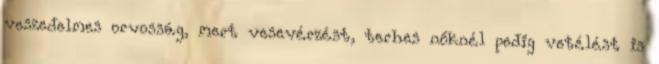
veszedelmes orvosság, mert vesevérzést, terhes nőknél pedig vetélést is